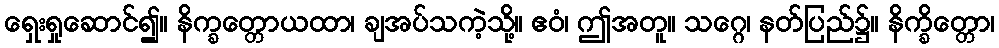
ရှေးရှုဆောင်၍။ နိက္ခတ္တောယထာ၊ ချအပ်သကဲ့သို့။ ဧဝံ၊ ဤအတူ။ သဂ္ဂေ၊ နတ်ပြည်၌။ နိက္ခိတ္တော၊